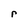
Character: r